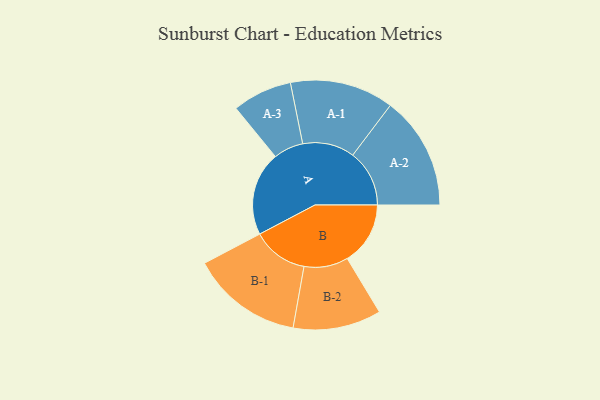
{"axis": {"x": "Segment", "y": "Value"}, "legend": ["", "A", "B"], "data": [{"x": "A", "y": 301, "type": ""}, {"x": "B", "y": 226, "type": ""}, {"x": "A-1", "y": 186, "type": "A"}, {"x": "A-2", "y": 203, "type": "A"}, {"x": "A-3", "y": 107, "type": "A"}, {"x": "B-1", "y": 200, "type": "B"}, {"x": "B-2", "y": 158, "type": "B"}]}